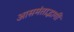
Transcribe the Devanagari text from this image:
आसमंताद्भागीं